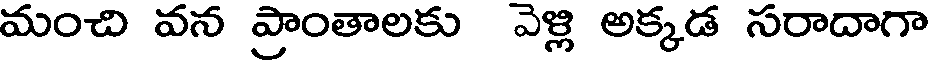
మంచి వన ప్రాంతాలకు వెళ్లి అక్కడ సరాదాగా